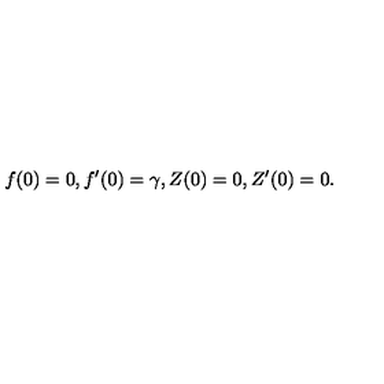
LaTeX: f ( 0 ) = 0 , f ^ { \prime } ( 0 ) = \gamma , Z ( 0 ) = 0 , Z ^ { \prime } ( 0 ) = 0 .